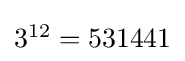
{\textstyle 3^{12}=531441}